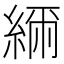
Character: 𦁥